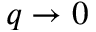
q \to 0